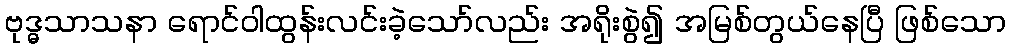
ဗုဒ္ဓသာသနာ ရောင်ဝါထွန်းလင်းခဲ့သော်လည်း အရိုးစွဲ၍ အမြစ်တွယ်နေပြီ ဖြစ်သော